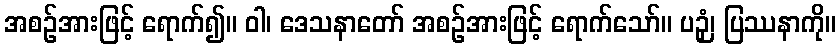
အစဉ်အားဖြင့် ရောက်၍။ ဝါ၊ ဒေသနာတော် အစဉ်အားဖြင့် ရောက်သော်။ ပဉှံ၊ ပြဿနာကို။